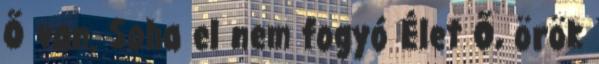
Ő van. Soha el nem fogyó Élet Ő, örök